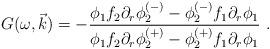
LaTeX: \begin{align*}G(\omega ,\vec{k})=-\frac{\phi _{1}f_{2}\partial _{r}\phi _{2}^{(-)}-\phi_{2}^{(-)}f_{1}\partial _{r}\phi _{1}}{\phi _{1}f_{2}\partial _{r}\phi_{2}^{(+)}-\phi _{2}^{(+)}f_{1}\partial _{r}\phi _{1}}\ . \end{align*}